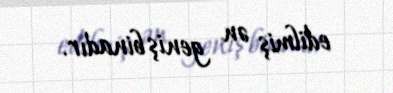
edilmiş ən geniş binadır.